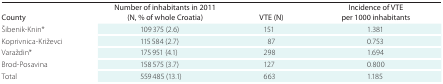
<table><thead><tr><td><b>County</b></td><td><b>Number of inhabitants in 2011 (N, % of whole Croatia)</b></td><td><b>VTE (N)</b></td><td><b>Incidence of VTE per 1000 inhabitants</b></td></tr></thead><tbody><tr><td><b>Šibenik-Knin*</b></td><td>109,375 (2.6)</td><td>151</td><td>1.381</td></tr><tr><td><b>Koprivnica-Križevci</b></td><td>115,584 (2.7)</td><td>87</td><td>0.753</td></tr><tr><td><b>Varaždin*</b></td><td>175,951 (4.1)</td><td>298</td><td>1.694</td></tr><tr><td><b>Brod-Posavina</b></td><td>158,575 (3.7)</td><td>127</td><td>0.800</td></tr><tr><td><b>Total</b></td><td>559,485 (13.1)</td><td>663</td><td>1.185</td></tr></tbody></table>